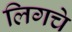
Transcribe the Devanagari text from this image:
लिगचे